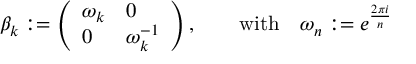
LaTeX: \beta _ { k } : = \left( \begin{array} { l l } { { \omega _ { k } } } & { { 0 } } \\ { { 0 } } & { { \omega _ { k } ^ { - 1 } } } \end{array} \right) , \qquad \mathrm { w i t h } \quad \omega _ { n } : = e ^ { \frac { 2 \pi i } { n } }